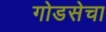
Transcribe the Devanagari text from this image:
गोडसेचा